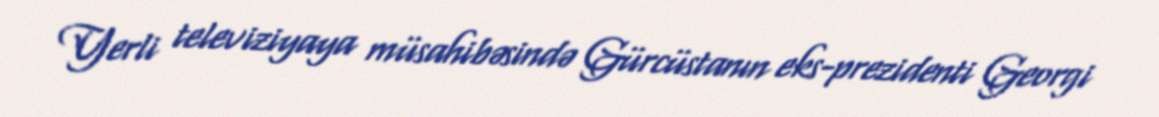
Yerli televiziyaya müsahibəsində Gürcüstanın eks-prezidenti Georgi